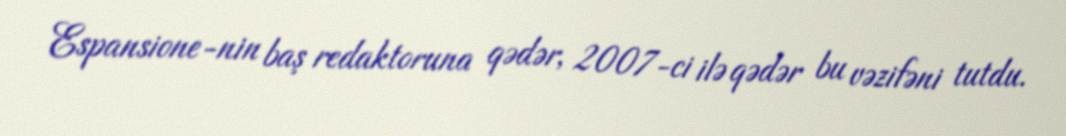
Espansione-nin baş redaktoruna qədər, 2007-ci ilə qədər bu vəzifəni tutdu.